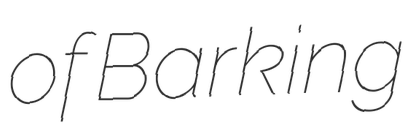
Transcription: of Barking